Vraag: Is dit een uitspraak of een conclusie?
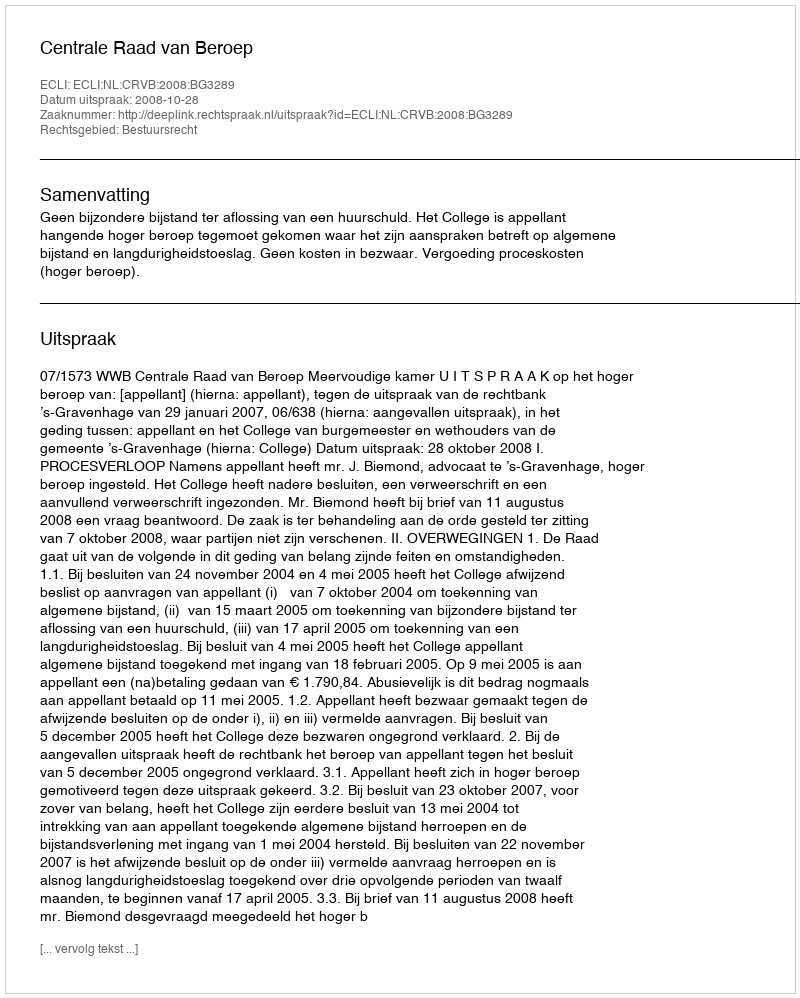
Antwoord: Uitspraak